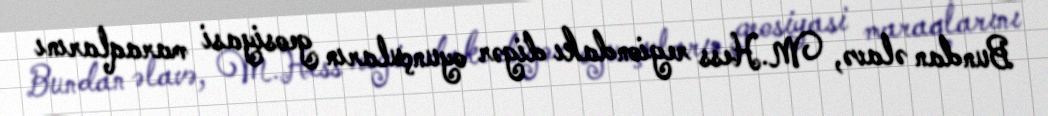
Bundan əlavə, M.Hess regiondakı digər oyunçuların geosiyasi maraqlarını